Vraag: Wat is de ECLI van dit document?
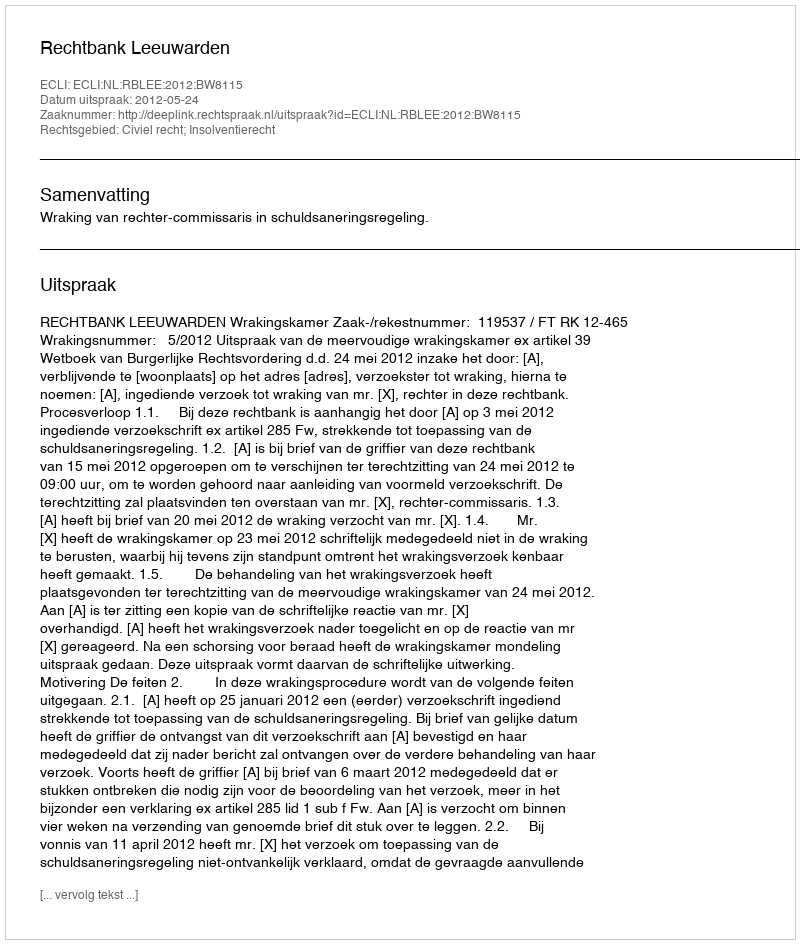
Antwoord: ECLI:NL:RBLEE:2012:BW8115